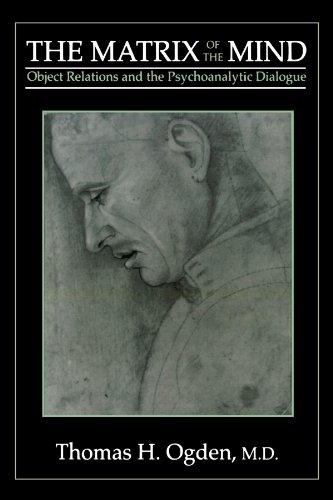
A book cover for The Matrix of the Mind: Object Relations and the Psychoanalytic Dialogue; Thomas H. Ogden; Medical Books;